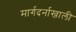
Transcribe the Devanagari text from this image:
मार्गदर्नाखाली